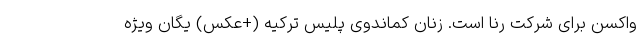
واکسن برای شرکت رِنا است. زنان کماندوی پلیس ترکیه (+عکس) یگان ویژه